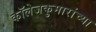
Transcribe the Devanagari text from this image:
कॉलेजकुमारांच्या